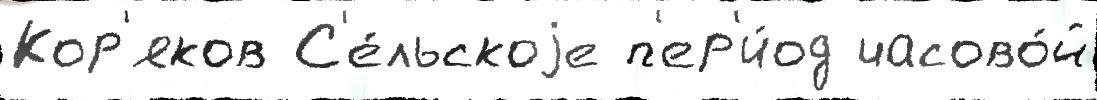
Кор'яков С'е́льскоjе п'ер'и́од часово́й